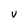
Character: v